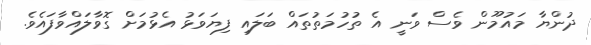
ދުންޔާ މައުމޫން ވެސް ވަނީ އެ ތުހުމަތުތައް ބަލައި ފިޔަވަޅު އެޅުމަށް ގޮވާލައްވާފައެވެ.